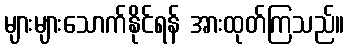
များများသောက်နိုင်ရန် အားထုတ်ကြသည်။